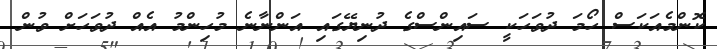
ކޮންމެއަކަސް ހޯމަ ދުވަހަކީ ސައިންސްގެ ދުނިޔޭގައި އަންނާނެ މުހިންމު އެއް ދުވަހަށް ވުން